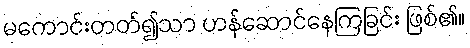
မကောင်းတတ်၍သာ ဟန်ဆောင်နေကြခြင်း ဖြစ်၏။